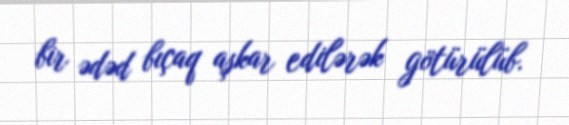
bir ədəd bıçaq aşkar edilərək götürülüb.